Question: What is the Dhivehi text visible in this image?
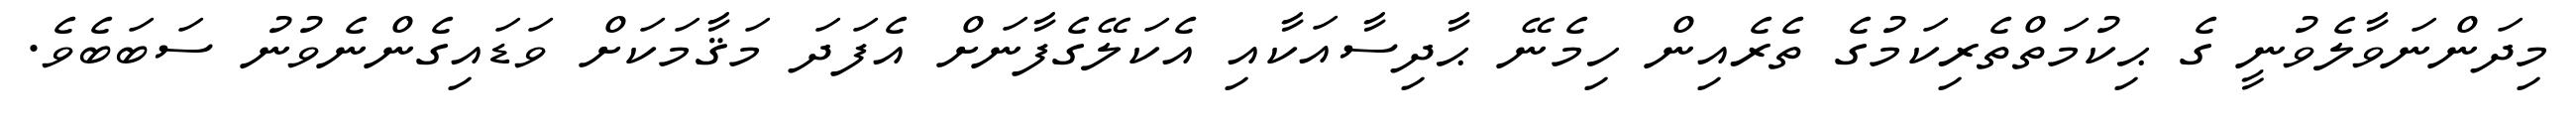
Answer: މިދަންނަވާލެވުނީ ގެ ޙިކުމަތްތެރިކަމުގެ ތެރެއިން ހިމެނޭ ޙާދިސާއަކާއި އެކަލޭގެފާނަށް އެފަދަ މަޤާމަކަށް ވަޑައިގެންނެވުނު ސަބަބެވެ.